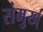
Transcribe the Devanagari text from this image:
संमुख्